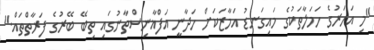
"މި އަހަރުގެ ހަަމަލާތަކުގެ މައިގަނޑު އަމާޒަކަށް ހަދާނީ އަފްޣާނިސްތާނުގައި ތިބޭ ބޭރުގެ ފަރާތްތައް."